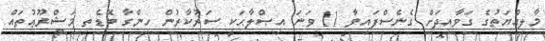
މާލިއްޔަތުގެ ގަވާއިދަށް ގެނެސްފައިވާ 11 ވަނަ އިޞްލާޙަކީ ސަރުކާރުން ހިންގާ ބޮޑެތި މަޝްރޫޢުތައް